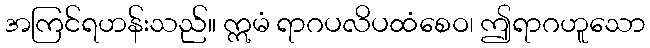
အကြင်ရဟန်းသည်။ ဣမံ ရာဂပလိပထံစေဝ၊ ဤရာဂဟူသော